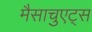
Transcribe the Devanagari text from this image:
मैसाचुएट्स